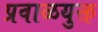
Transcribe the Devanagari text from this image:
प्रवाळयुक्त